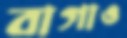
বাগাও